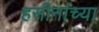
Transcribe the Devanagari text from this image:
हसीनांच्या